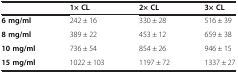
<table><thead><tr><td><b> </b></td><td><b>1× CL</b></td><td><b>2× CL</b></td><td><b>3× CL</b></td></tr></thead><tbody><tr><td><b>6 mg/ml</b></td><td>242 ± 16</td><td>330 ± 28</td><td>516 ± 39</td></tr><tr><td><b>8 mg/ml</b></td><td>389 ± 22</td><td>453 ± 12</td><td>659 ± 38</td></tr><tr><td><b>10 mg/ml</b></td><td>736 ± 54</td><td>854 ± 26</td><td>946 ± 15</td></tr><tr><td><b>15 mg/ml</b></td><td>1022 ± 103</td><td>1197 ± 72</td><td>1337 ± 27</td></tr></tbody></table>